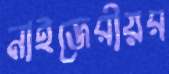
নাইজেরীয়র